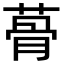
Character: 蓇